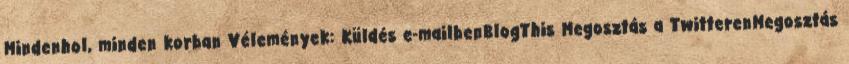
Mindenhol, minden korban Vélemények: Küldés e-mailbenBlogThis Megosztás a TwitterenMegosztás